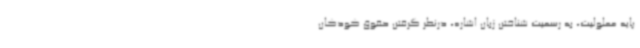
پایه معلولیت، به رسمیت شناختن زبان اشاره، درنظر گرفتن حقوق کودکان